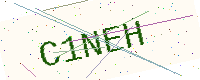
Text: C1NEH